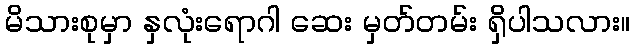
မိသားစုမှာ နှလုံးရောဂါ ဆေး မှတ်တမ်း ရှိပါသလား။